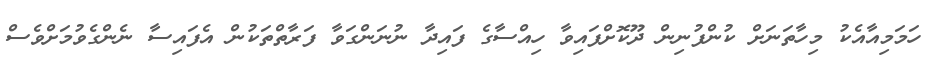
ހަމަމިއާއެކު މިހާތަނަށް ކުންފުނިން ދޫކޮށްފައިވާ ހިއްސާގެ ފައިދާ ނުނަންގަވާ ފަރާތްތަކުން އެފައިސާ ނެންގެވުމަށްވެސް